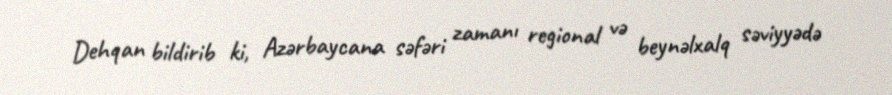
Dehqan bildirib ki, Azərbaycana səfəri zamanı regional və beynəlxalq səviyyədə